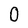
Character: 0